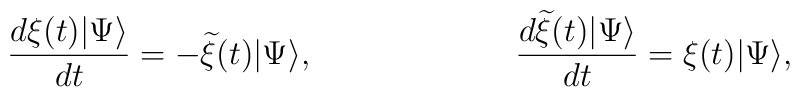
\frac{d\xi(t)|\Psi \rangle}{dt} = -{\widetilde \xi}(t)|\Psi \rangle,\hspace{1.0in}\frac{d{\widetilde \xi}(t)|\Psi \rangle}{dt} = \xi(t)|\Psi \rangle,